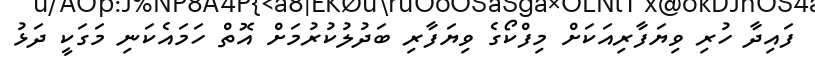
ފައިދާ ހުރި ވިޔަފާރިއަކަށް މިފްކޯގެ ވިޔަފާރި ބަދުލުކުރުމަށް އޮތް ހަމައެކަނި މަގަކީ ދަޅު